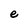
Character: e